Vaccination report Assam 1896-1927 - 1896-1927
Year: 1896
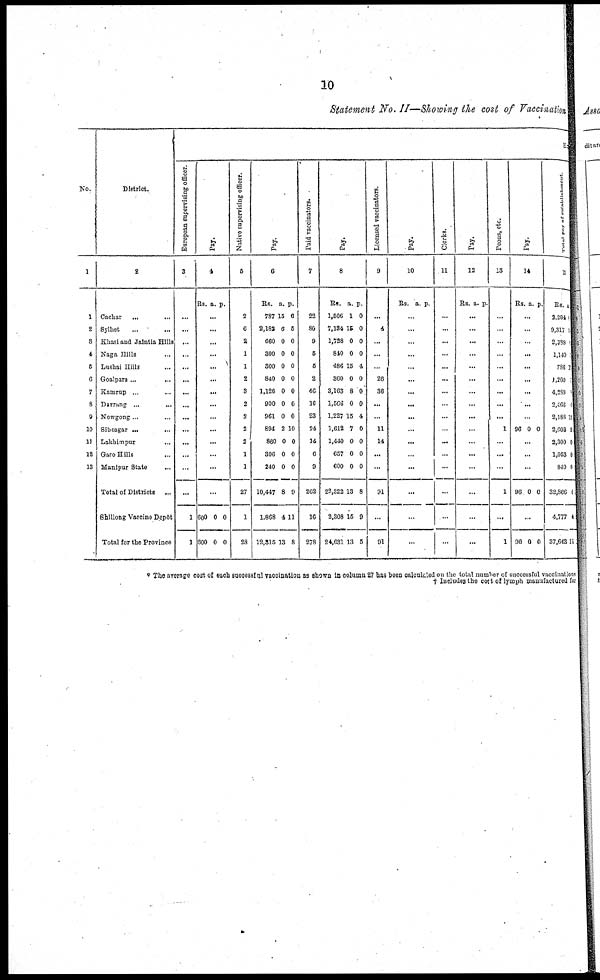
10
Statement No. II—Showing the cost of Vaccination
No.
1
1
2
3
4
5
6
7
8
9
10
11
12
13
District.
2
Cachar
... ...
Sylhet ... ...
Khasi and Jaintia Hills
Naga Hills ...
Lushai Hills ...
Goalpara...
...
Kamrup ... ...
Darrang ...
...
Nowgong... ...
Sibsagar ... ...
Lakhimpur ...
Garo Hills ...
Manipur State ...
Total of Districts
...
Shillong Vaccine Depôt
Total for the Province
E
European supervising officer.
3
...
...
...
...
...
...
...
...
...
...
...
...
...
...
1
1
Pay.
4
Rs. a. p.
...
...
...
...
...
...
...
...
...
...
...
...
...
...
600
600
0
0
0
0
Native supervising officer.
5
2
6
2
1
1
2
3
2
2
2
2
1
1
27
1
28
Pay.
6
Rs.
787
2,182
660
300
300
840
1,126
900
961
894
860
396
240
10,447
1,868
12,315
a.
15
6
0
0
0
0
0
0
0
2
0
0
0
8
4
13
p.
6
5
0
0
0
0
0
0
0
10
0
0
0
9
11
8
Paid vaccinators.
7
22
80
9
5
5
2
46
16
23
24
14
6
9
262
16
278
Pay.
8
Rs.
1,506
7,134
1,728
840
486
360
3,163
1,566
1,227
1,612
1,440
657
600
22,322
2,308
24,681
a.
1
15
0
0
15
0
8
0
15
7
0
0
0
13
15
13
p.
0
0
0
0
4
0
0
0
4
0
0
0
0
8
9
5
Licensed vaccinators.
9
...
4
..
...
...
26
36
...
...
11
14
...
...
91
...
91
Pay.
10
Rs. a. p.
...
...
...
...
...
...
...
...
...
...
...
...
...
...
...
...
Clerks.
11
...
...
...
...
...
...
...
...
...
...
...
...
...
...
...
...
Pay.
12
Rs. a. p.
...
...
...
...
...
...
...
...
...
...
...
...
...
...
...
...
Peons, etc.
13
...
...
...
...
...
...
...
...
...
1
...
...
...
1
...
1
Pay.
14
Rs. a. p.
...
...
...
...
...
...
...
...
...
96 0 0
...
...
...
96 0 0
...
96 0 0
Total pay of establishment.
15
Rs.
2,294
9,317
2,388
1,140
786
1,200
4,289
2,466
2,188
2,602
2,300
1,053
840
32,866
4,777
37,643
a.
10
51
0
0
12
0
5
0
15
9
0
0
0
6
4
11
* The average cost of each successful vaccination as shown in column 27 has been calculated on the total number of successful vaccinations
† Includes the cost of lymph manufactured for